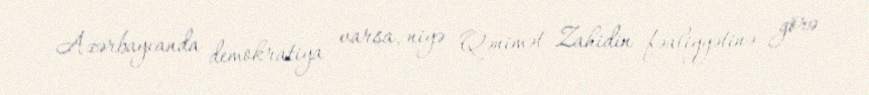
Azərbaycanda demokratiya varsa, niyə Qənimət Zahidin fəaliyyətinə görə